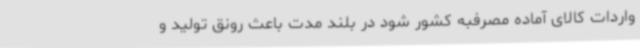
واردات کالای آماده مصرفبه کشور شود در بلند مدت باعث رونق تولید و